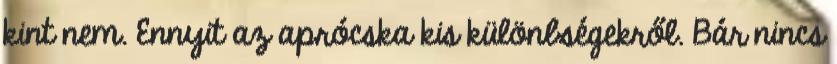
kint nem. Ennyit az aprócska kis különbségekről. Bár nincs